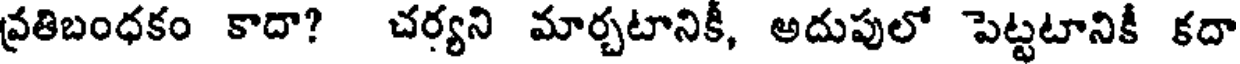
వ్రతిబంధకం కాదా? చర్యని మార్చటానికీ, అదుపులో పెట్టటానికీ కదా